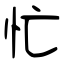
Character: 忙